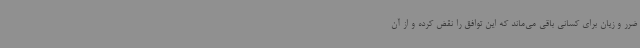
ضرر و زیان برای کسانی باقی می‌ماند که این توافق را نقض کرده و از آن